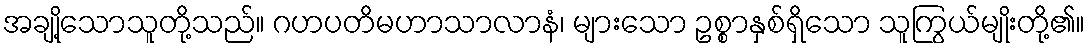
အချို့သောသူတို့သည်။ ဂဟပတိမဟာသာလာနံ၊ များသော ဥစ္စာနှစ်ရှိသော သူကြွယ်မျိုးတို့၏။